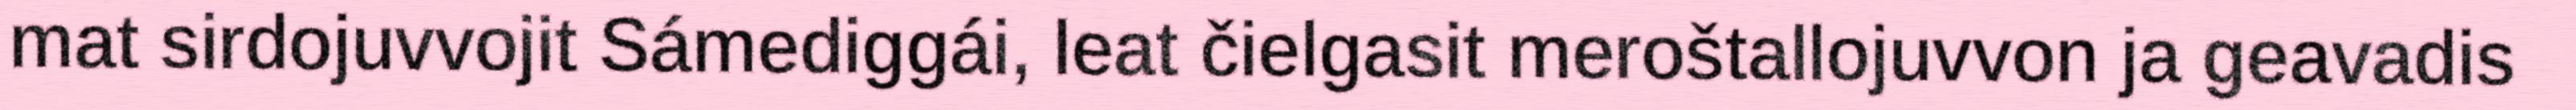
mat sirdojuvvojit Sámediggái, leat čielgasit meroštallojuvvon ja geavadis